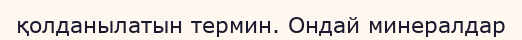
қолданылатын термин. Ондай минералдар